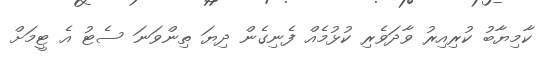
ކާމިޔާބު ކުރިއިރު ވާދަވެރި ކުޅުމެއް ފެނިގެން ދިޔަ ތިންވަނަ ސެޓު އެ ޓީމަށް